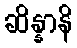
ဆိန္နာနိ